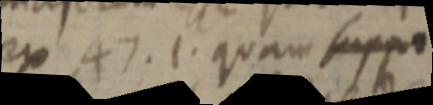
ex 47. 1. quam suppo